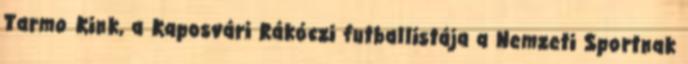
Tarmo Kink, a Kaposvári Rákóczi futballistája a Nemzeti Sportnak